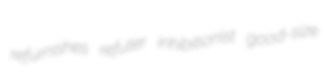
refurnishes refuter inhibitionist good-size